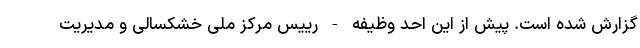
گزارش شده است. پیش از این احد وظیفه - رییس مرکز ملی خشکسالی و مدیریت